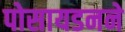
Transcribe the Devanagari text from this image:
पोसायडनने